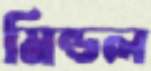
মিন্ডল